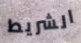
الشريط